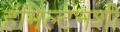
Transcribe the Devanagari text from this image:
हॅमिल्टनशी